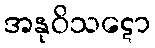
အနုဝိသဋော